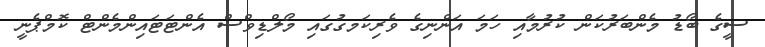
ސީގެ ބޯޑު މެންބަރުކަން ކުރުމާއި ހަމަ އަންނިގެ ވެރިކަމގުގައި މޯލްޑިވްސް އެންޓަަޓައިންމެންޓް ކޮމްޕެނީ